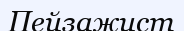
Пейзажист